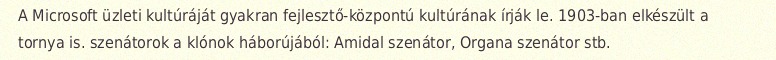
A Microsoft üzleti kultúráját gyakran fejlesztő-központú kultúrának írják le. 1903-ban elkészült a tornya is. szenátorok a klónok háborújából: Amidal szenátor, Organa szenátor stb.